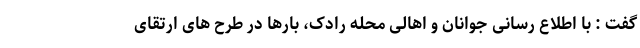
گفت : با اطلاع رسانی جوانان و اهالی محله رادک، بارها در طرح های ارتقای